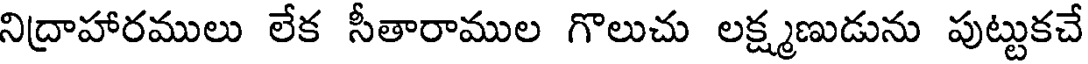
నిద్రాహారములు లేక సీతారాముల గొలుచు లక్ష్మణుడును పుట్టుకచే